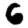
Digit: 6